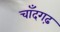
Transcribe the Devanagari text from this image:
चाँदगढ़